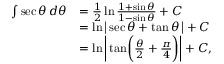
{ \begin{array} { r l } { \int \sec \theta \, d \theta } & { = { \frac { 1 } { 2 } } \ln { \frac { 1 + \sin \theta } { 1 - \sin \theta } } + C } \\ & { = \ln { { \bigl | } \sec \theta + \tan \theta \, { \bigr | } } + C } \\ & { = \ln { \left| \, { \tan } { \biggl ( } { \frac { \theta } { 2 } } + { \frac { \pi } { 4 } } { \biggr ) } \right| } + C , } \end{array} }